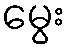
မွေး